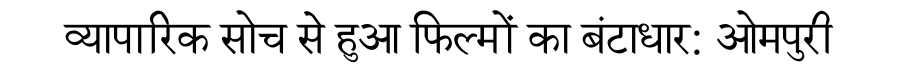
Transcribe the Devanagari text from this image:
व्यापारिक सोच से हुआ फिल्मों का बंटाधार: ओमपुरी